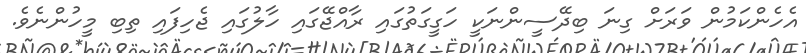
އެހެންކަމުން ވަރަށް ގިނަ ބިދޭސީންނަކީ ހަގީގަތުގައި ރާއްޖޭގައި ހާލުގައި ޖެހިފައި ތިބި މީހުންނެވެ.